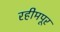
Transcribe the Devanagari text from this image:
रहीमपूर